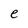
Character: e